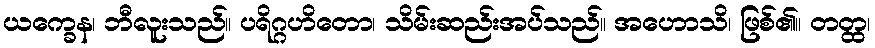
ယက္ခေန၊ ဘီလူးသည်။ ပရိဂ္ဂဟိတော၊ သိမ်းဆည်းအပ်သည်။ အဟောသိ၊ ဖြစ်၏။ တတ္ထ၊